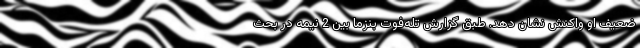
ضعیف او واکنش نشان دهد. طبق گزارش تله‌فوت بنزما بین 2 نیمه در بحث